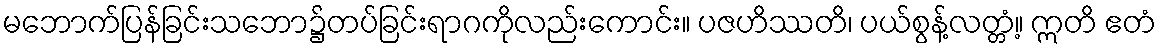
မဘောက်ပြန်ခြင်းသဘော၌တပ်ခြင်းရာဂကိုလည်းကောင်း။ ပဇဟိဿတိ၊ ပယ်စွန့်လတ္တံ့။ ဣတိ ဧတံ